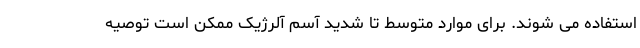
استفاده می شوند. برای موارد متوسط تا شدید آسم آلرژیک ممکن است توصیه